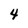
Character: 4